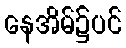
နေအိမ်၌ပင်